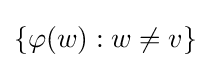
\{\varphi (w):w\not =v\}